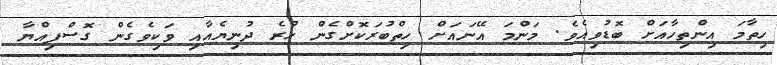
ހިތާމަ އިންތިހާއަށް ބޮޑުވިއެވެ. މަންމަ އޭނައަށް ހިތްބުރަކޮށްގެން ހުރެ ދުނިޔެއާއި ވަކިވެގެން ގޮސްފިއްޔާ